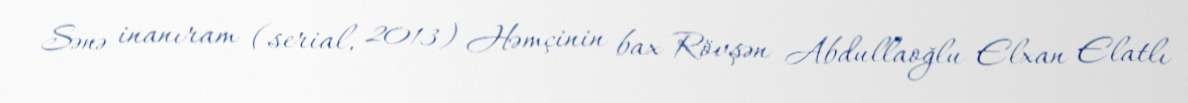
Sənə inanıram (serial, 2013) Həmçinin bax Rövşən Abdullaoğlu Elxan Elatlı